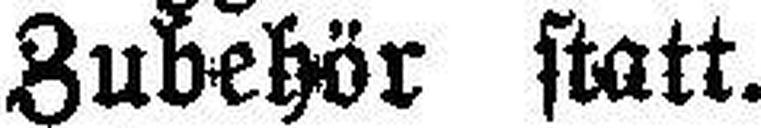
Zubehör statt.